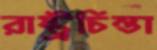
রাষ্ট্রচিন্তা